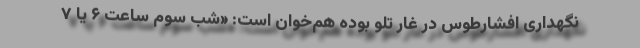
نگهداری افشارطوس در غار تلو بوده هم‌خوان است: «شب سوم ساعت ۶ یا ۷